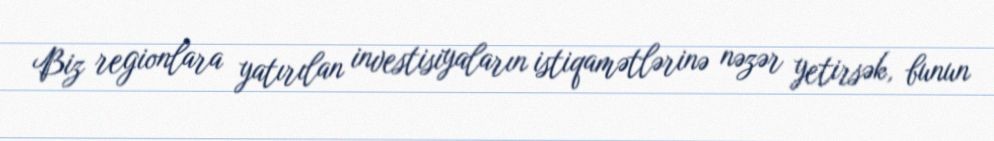
Biz regionlara yatırılan investisiyaların istiqamətlərinə nəzər yetirsək, bunun